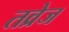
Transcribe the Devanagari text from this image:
तव्रेज